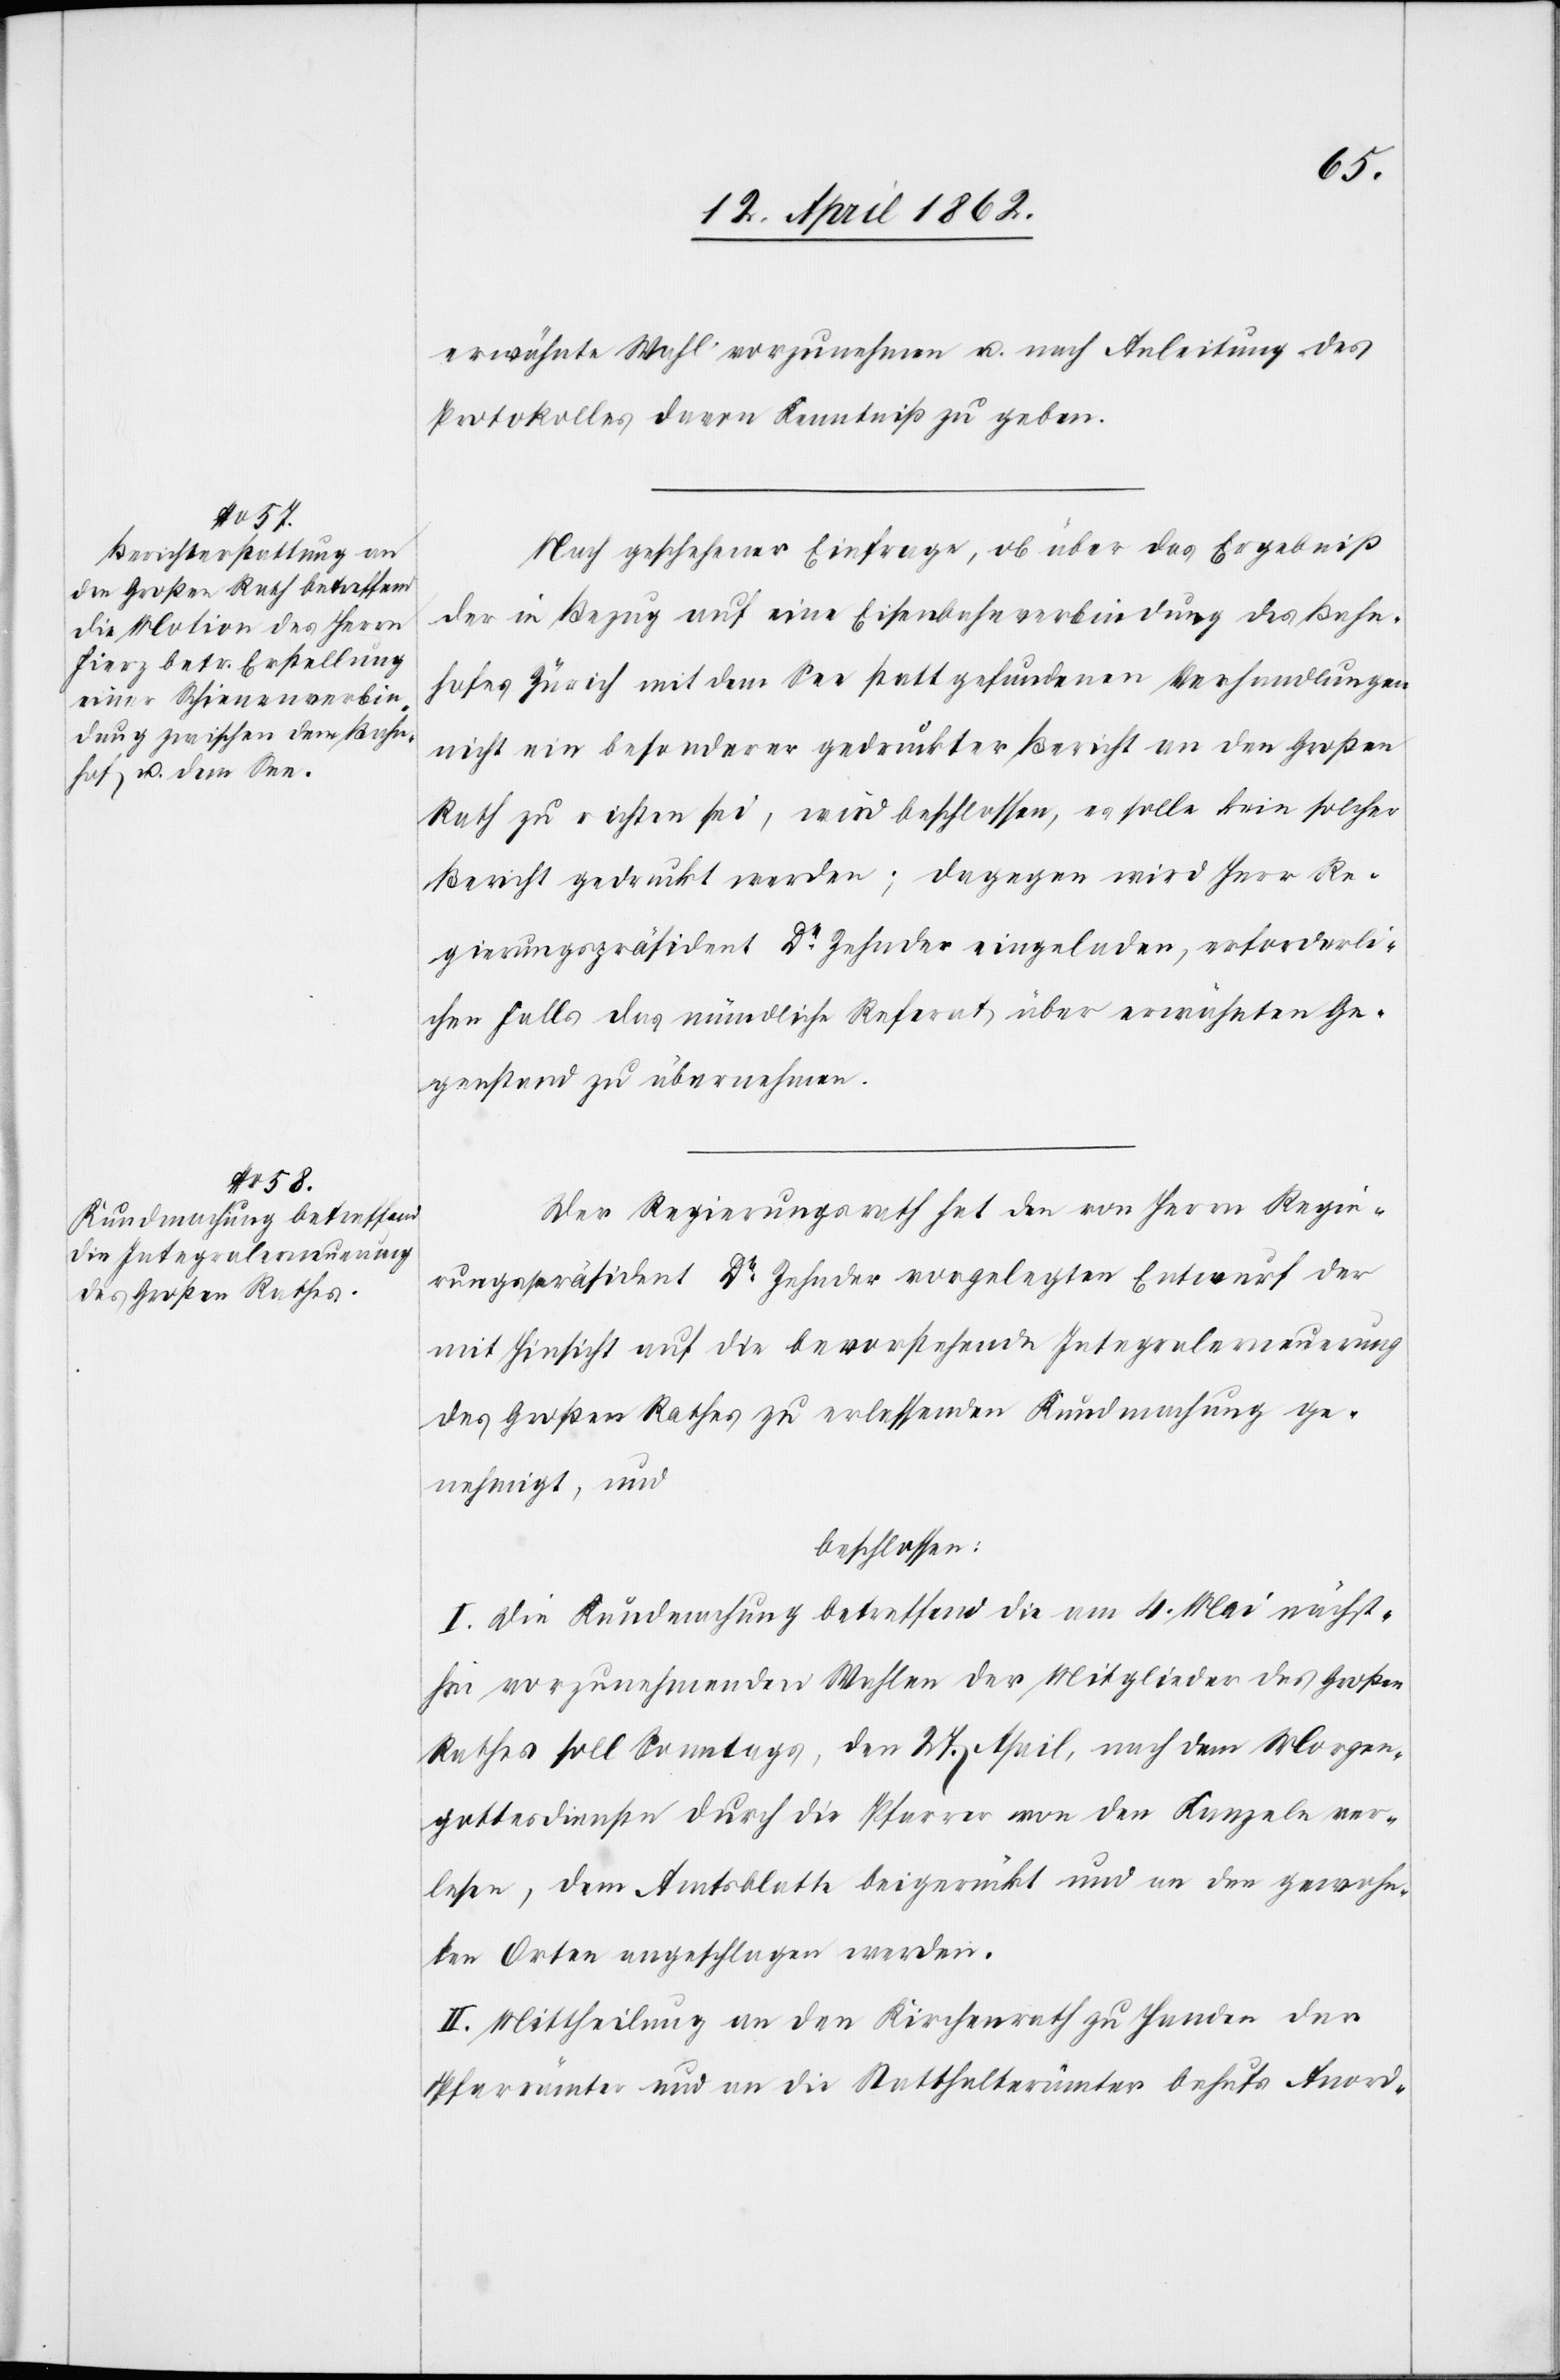
erwähnte Wahl vorzunehmen u. nach Anleitung des
Protokolles davon Kenntniß zu geben.
Nach geschehener Einfrage, ob über das Ergebniß
der in Bezug auf eine Eisenbahnverbindung des Bahn¬
hofes Zürich mit dem See statt gefundenen Verhandlungen
nicht ein besonderer gedruckter Bericht an den Großen
Rath zu richten sei, wird beschlossen, es solle kein solcher
Bericht gedruckt werden; dagegen wird Herr Re¬
gierungspräsident Dr. Zehnder eingeladen, erforderli¬
chen Falls das mündliche Referat über erwähnten Ge¬
genstand zu übernehmen.
Der Regierungsrath hat den von Herrn Regie¬
rungspräsident Dr. Zehnder vorgelegten Entwurf der
mit Hinsicht auf die bevorstehende Integralerneuerung
des Großen Rathes zu erlassenden Kundmachung ge¬
nehmigt, und
beschlossen:
I. Die Kundmachung betreffend die am 4. Mai nächst¬
hin vorzunehmenden Wahlen der Mitglieder des Großen
Rathes soll Sonntags, den 27. April, nach dem Morgen¬
gottesdienste durch die Pfarrer von den Kanzeln ver¬
lesen, dem Amtsblatte beigerückt und an den gewohn¬
ten Orten angeschlagen werden.
II. Mittheilung an den Kirchenrath zu Handen der
Pfarrämter und an die Statthalterämter behufs Anord-